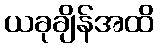
ယခုချိန်အထိ